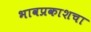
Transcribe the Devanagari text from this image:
भावप्रकाशचा